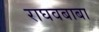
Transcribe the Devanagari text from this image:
राघवबाबा